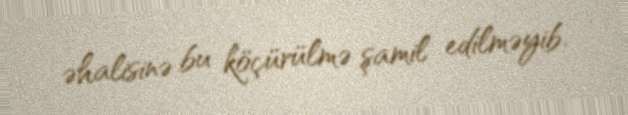
əhalisinə bu köçürülmə şamil edilməyib.